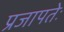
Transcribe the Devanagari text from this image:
प्रजापतेः